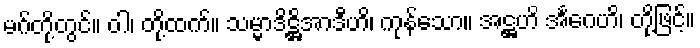
မဂ်တို့တွင်။ ဝါ၊ တို့ထက်။ သမ္မာဒိဋ္ဌိအာဒီဟိ၊ ကုန်သော။ အဋ္ဌဟိ အင်္ဂေဟိ၊ တို့ဖြင့်။